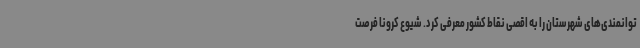
توانمندی‌های شهرستان را به اقصی نقاط کشور معرفی کرد. شیوع کرونا فرصت